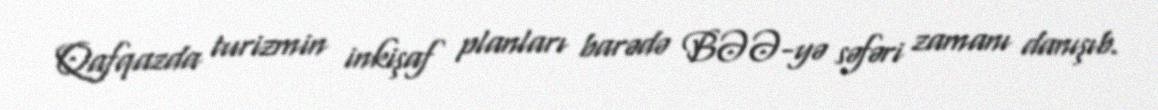
Qafqazda turizmin inkişaf planları barədə BƏƏ-yə səfəri zamanı danışıb.